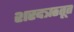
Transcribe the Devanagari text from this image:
शरदऋतूत